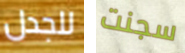
للجدل سجنت